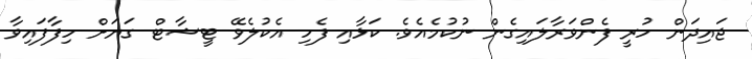
ޖައިދަން ހުރީ ފެންވަރާލައިގެން ނުކުމެއެވެ. ކަޅާއި ފެހި އެކުލެވޭ ޓީޝާޓް ގަޔަށް ހިފާފައިވާ